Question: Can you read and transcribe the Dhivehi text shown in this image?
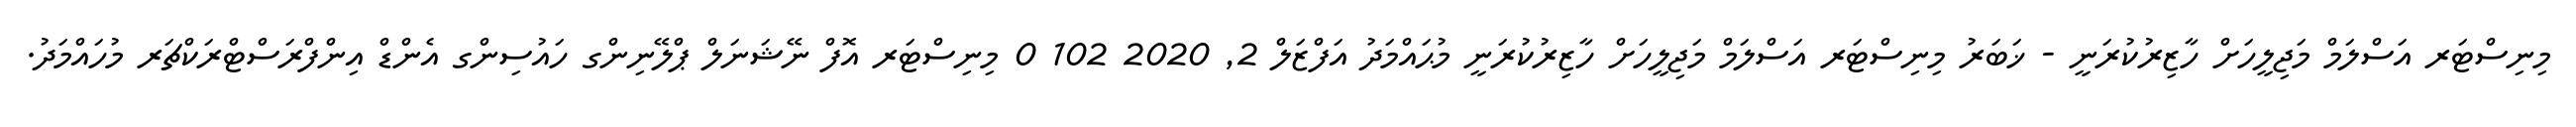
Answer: މިނިސްޓަރ އަސްލަމް މަޖިލީހަށް ހާޒިރުކުރަނީ - ޚަބަރު މިނިސްޓަރ އަސްލަމް މަޖިލީހަށް ހާޒިރުކުރަނީ މުޙައްމަދު އަފްޒަލް 2, 2020 102 0 މިނިސްޓަރ އޮފް ނޭޝަނަލް ޕްލޭނިންގ ހައުސިންގ އެންޑް އިންފްރަސްޓްރަކްޗަރ މުހައްމަދު.